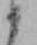
か